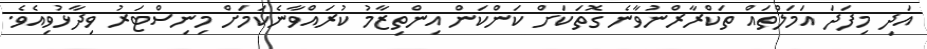
އަދި މިފަދަ އަމަލްތައް ތަކްރާރްނުވާނެ ގޮތަކަށް ކަންކަން އިންތިޒާމު ކުރައްވާނެކަމަށް މިނިސްޓަރު ވިދާޅުވިއެވެ.